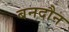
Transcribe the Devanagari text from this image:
बनदौन